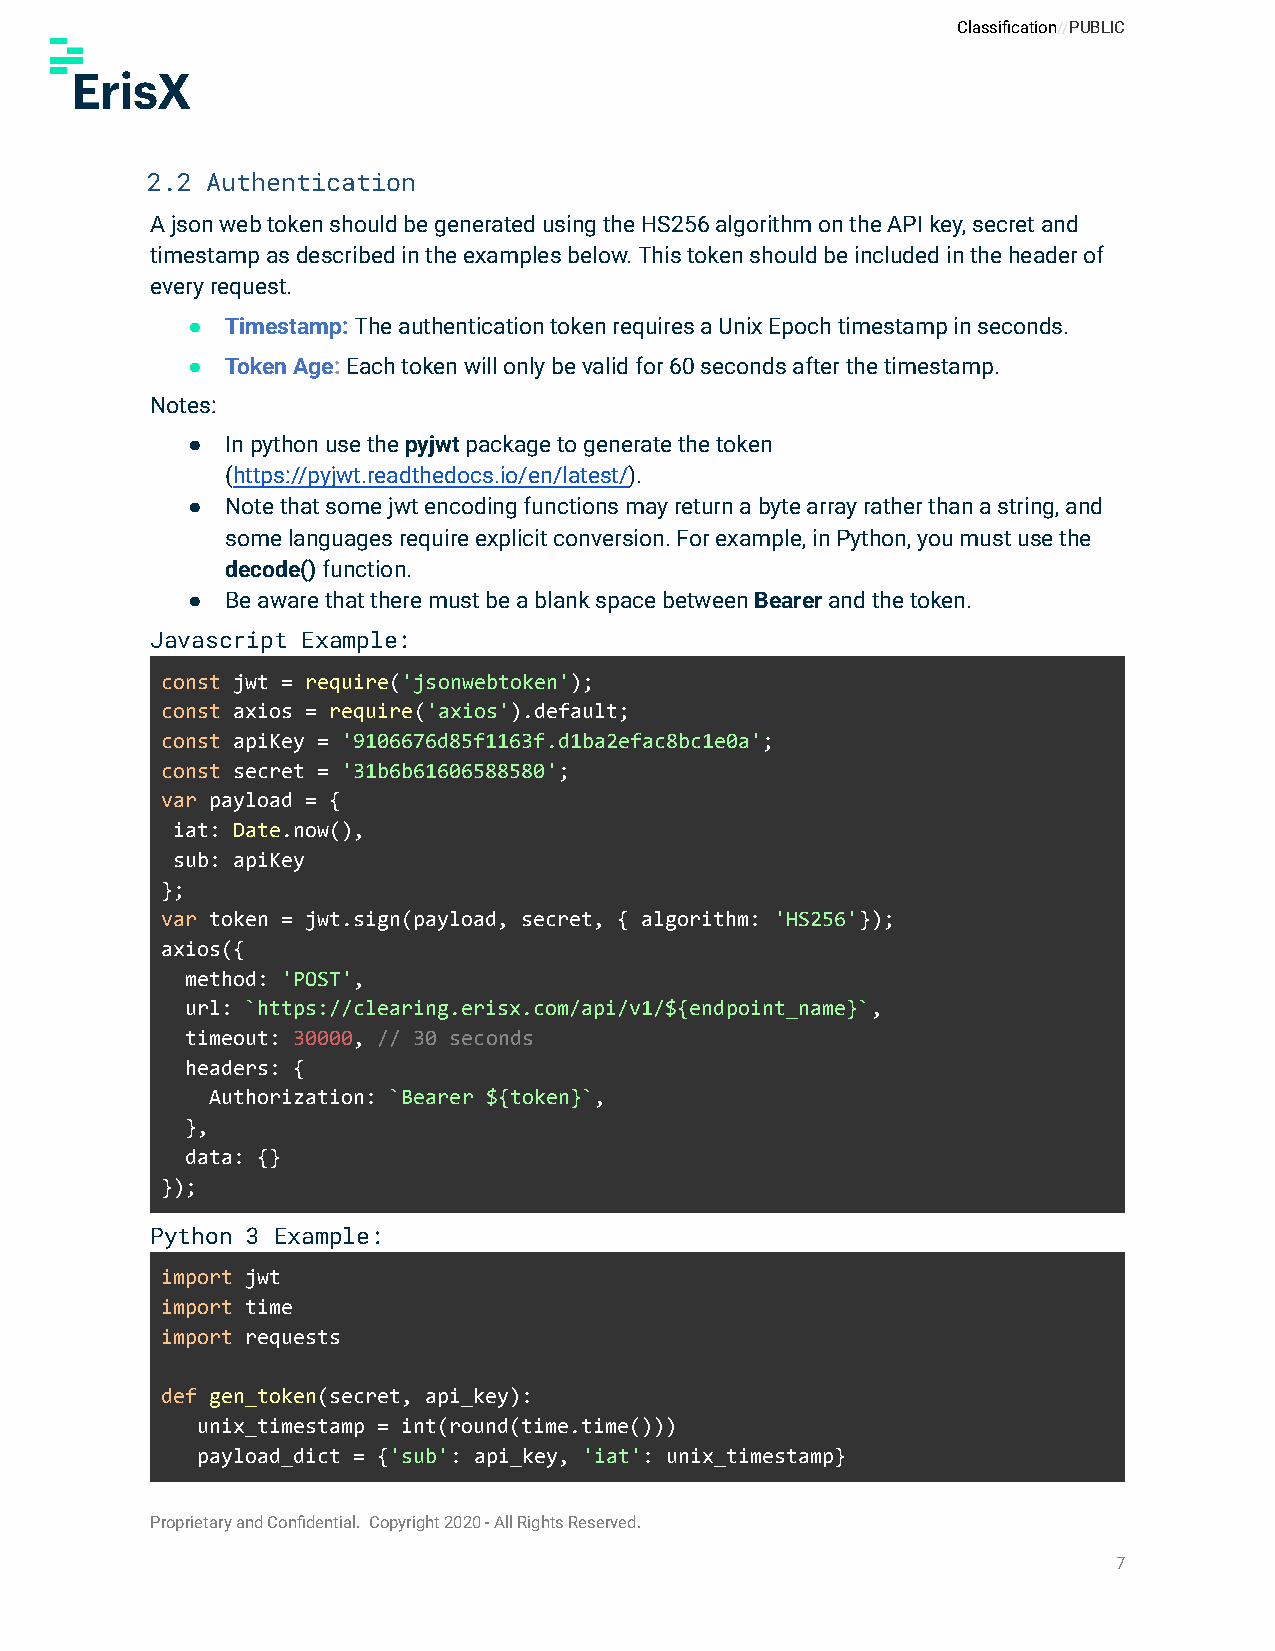
Classification//PUBLIC
 2.2 Authentication
 A json web token should be generated using the HS256 algorithm on the API key, secret and
 timestamp as described in the examples below. This token should be included in the header of
 every request.
 ●  Timestamp:The authentication token requires a UnixEpoch timestamp in seconds.
 ●  Token Age:Each token will only be valid for 60 secondsafter the timestamp.
 Notes:
 ●  In python use thepyjwtpackage to generate the token
 (https://pyjwt.readthedocs.io/en/latest/).
 ●  Note that some jwt encoding functions may return a byte array rather than a string, and
 some languages require explicit conversion. For example, in Python, you must use the
 decode()function.
 ●  Be aware that there must be a blank space betweenBearerand the token.
 Javascript Example:
 const jwt = require('jsonwebtoken');
 const axios = require('axios').default;
 const apiKey = '9106676d85f1163f.d1ba2efac8bc1e0a';
 const secret = '31b6b61606588580';
 var payload = {
 iat: Date.now(),
 sub: apiKey
 };
 var token = jwt.sign(payload, secret, { algorithm: 'HS256'});
 axios({
 method: 'POST',
 url: `https://clearing.erisx.com/api/v1/${endpoint_name}`,
 timeout: 30000, // 30 seconds
 headers: {
 Authorization: `Bearer ${token}`,
 },
 data: {}
 });
 Python 3 Example:
 import jwt
 import time
 import requests
 def gen_token(secret, api_key):
 unix_timestamp = int(round(time.time()))
 payload_dict = {'sub': api_key, 'iat': unix_timestamp}
 Proprietary and Confidential. Copyright 2020 - All Rights Reserved.
 7